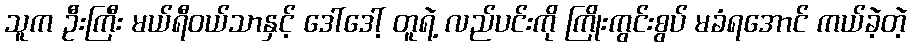
သူက ဦးကြီး မယ်ရီဝယ်သာနှင့် ဒေါ်ဒေါ့် တူရဲ့ လည်ပင်းကို ကြိုးကွင်းစွပ် မခံရအောင် ကယ်ခဲ့တဲ့